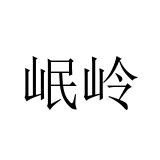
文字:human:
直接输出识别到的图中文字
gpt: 岷岭